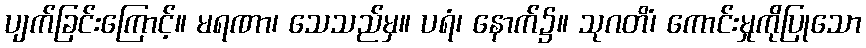
ပျက်ခြင်းကြောင့်။ မရဏာ၊ သေသည်မှ။ ပရံ၊ နောက်၌။ သုဂတိံ၊ ကောင်းမှုကိုပြုသော